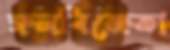
ফলবিক্রেতা